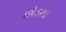
છોડશો